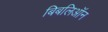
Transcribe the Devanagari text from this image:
बिबलिऑन